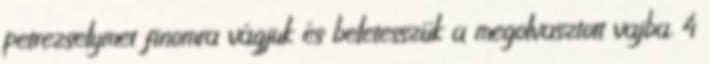
petrezselymet finomra vágjuk és beletesszük a megolvasztott vajba. 4